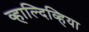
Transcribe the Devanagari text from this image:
व्हाल्दिव्हिया